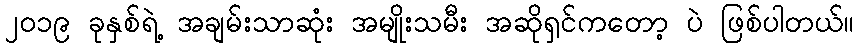
၂၀၁၉ ခုနှစ်ရဲ့ အချမ်းသာဆုံး အမျိုးသမီး အဆိုရှင်ကတော့ ပဲ ဖြစ်ပါတယ်။